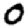
Digit: 0